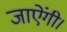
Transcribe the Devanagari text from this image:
जाऐंगी।